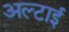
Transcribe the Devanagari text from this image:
अल्टाई